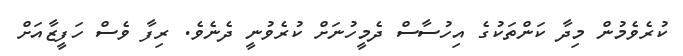
ކުރެވެމުން މިދާ ކަންތަކުގެ އިހުސާސް ދެމީހުނަށް ކުރެވުނީ ދެނެވެ. ރިފާ ވެސް ހަފީޒާއަށް